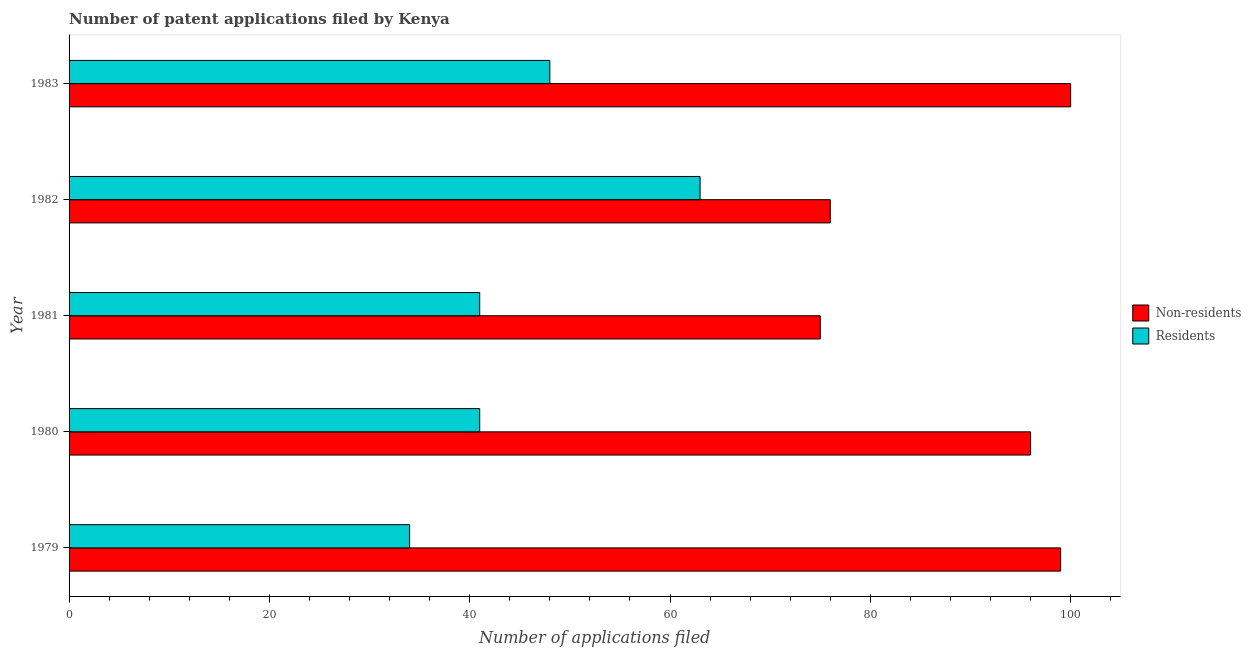
| Year | Non-residents | Residents |
 | --- | --- | --- |
 | 1979 | 99 | 34 |
 | 1980 | 96 | 41 |
 | 1981 | 75 | 41 |
 | 1982 | 76 | 63 |
 | 1983 | 100 | 48 |